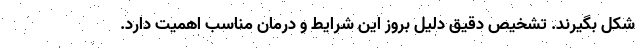
شکل بگیرند. تشخیص دقیق دلیل بروز این شرایط و درمان مناسب اهمیت دارد.